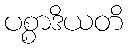
ပစ္စာဒိယတိ